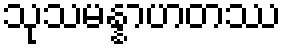
သုသမန္နာဟတဿ